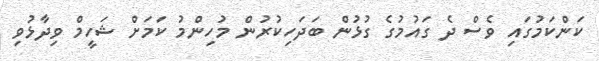
ކަންކަމުގައި ވެސް ދެ ގައުމުގެ ގުޅުން ބަދަހިކުރުން މުހިންމު ކަމަށް ޝަހީމް ވިދާޅުވި